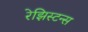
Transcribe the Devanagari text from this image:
रेझिस्टन्स